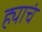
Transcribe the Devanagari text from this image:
ह्याचं